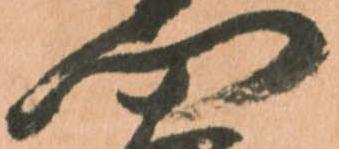
門